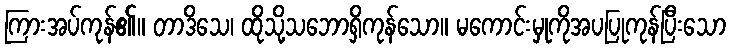
ကြားအပ်ကုန်၏။ တာဒိသေ၊ ထိုသို့သဘောရှိကုန်သော။ မကောင်းမှုကိုအပပြုကုန်ပြီးသော